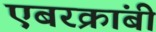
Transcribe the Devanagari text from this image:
एबरक्रांबी